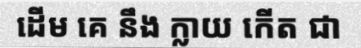
ដើម គេ នឹង ក្លាយ កើត ជា